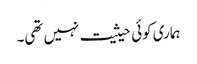
ہماری کوئی حیثیت نہیں تھی۔